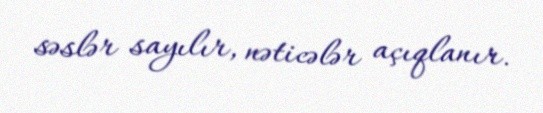
səslər sayılır, nəticələr açıqlanır.